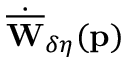
\dot { \overline { { \mathbf { W } } } } _ { \delta \eta } ( \mathbf { p } )